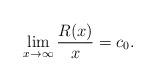
LaTeX: \begin{align*} \lim_{x\rightarrow\infty}\frac{R(x)}{x}=c_0. \end{align*}